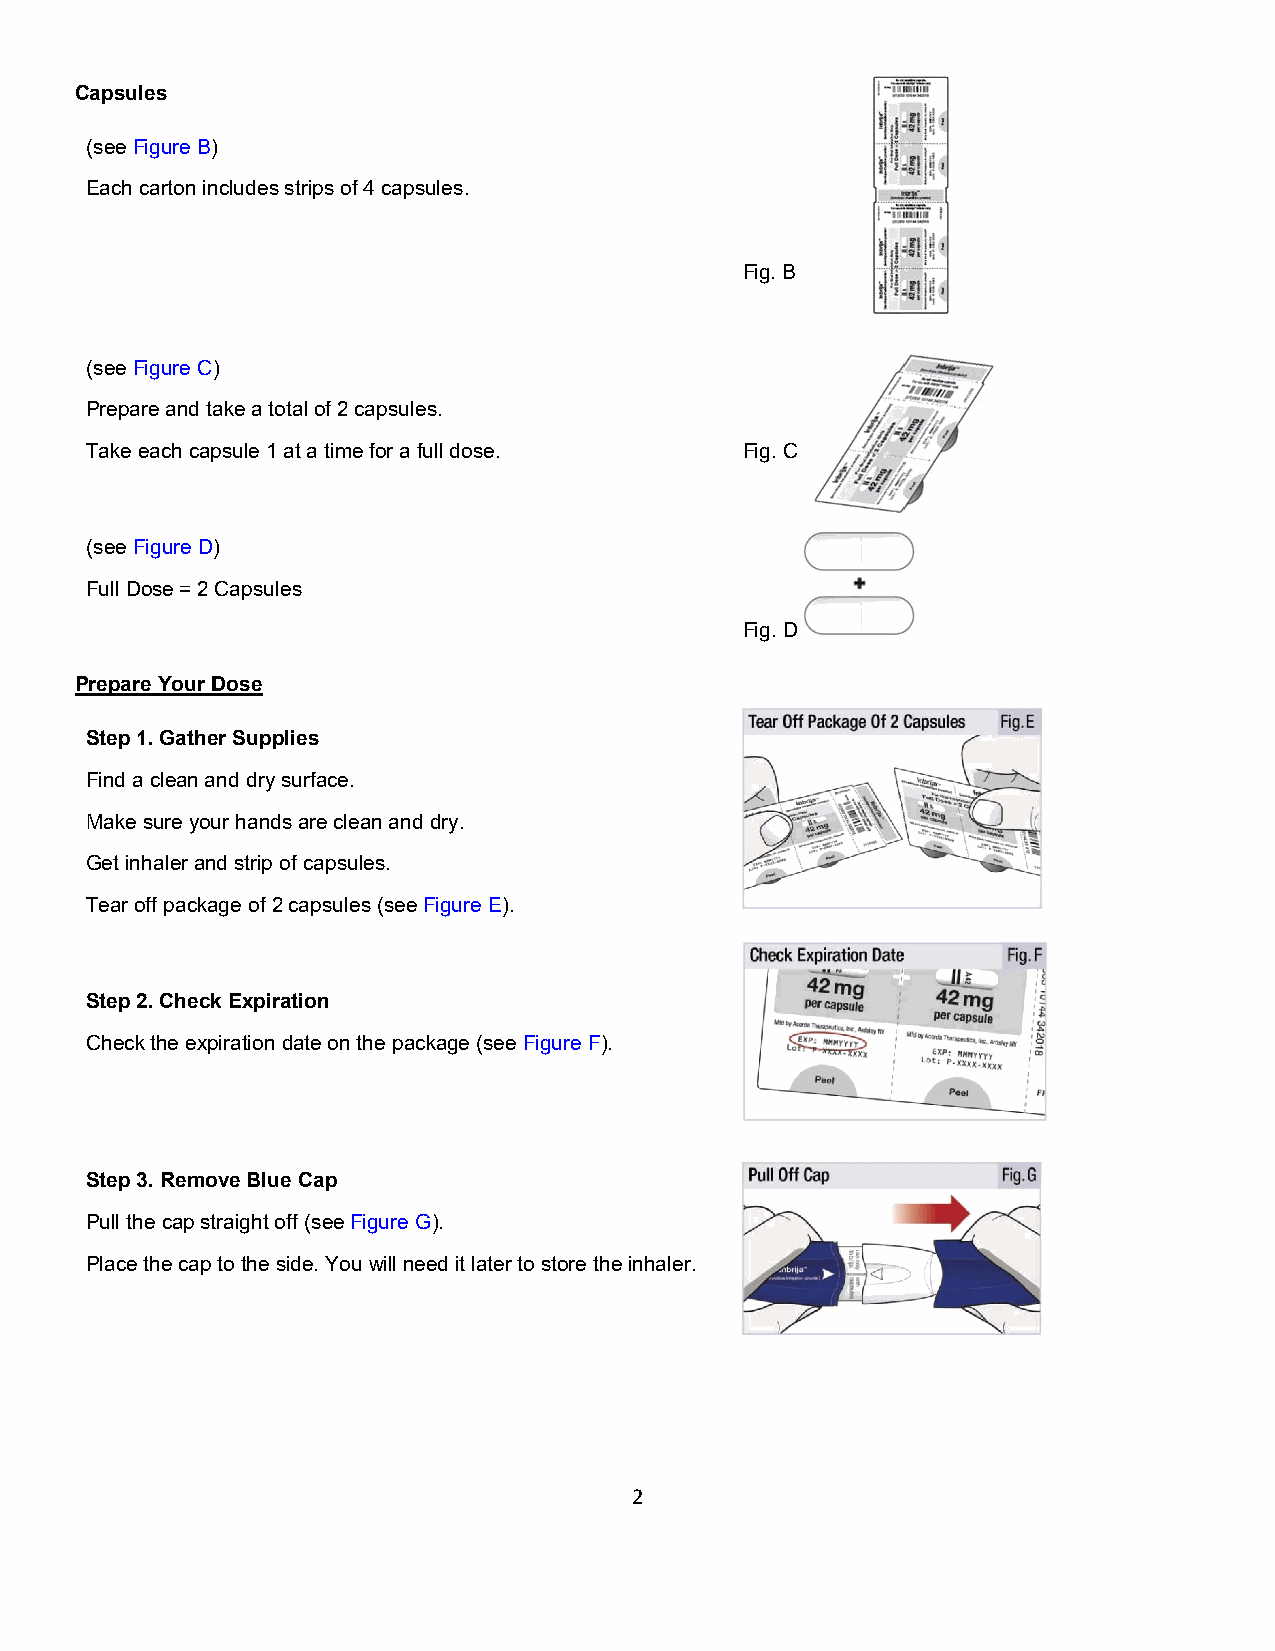
Capsules
 (see Figure B)
 Each carton includes strips of 4 capsules.
 Fig. B
 (see Figure C)
 Prepare and take a total of 2 capsules.
 Take each capsule 1 at a time for a full dose. Fig. C
 (see Figure D)
 Full Dose = 2 Capsules
 Fig. D
 Prepare Your Dose
 Step 1. Gather Supplies
 Find a clean and dry surface.
 Make sure your hands are clean and dry.
 Get inhaler and strip of capsules.
 Tear off package of 2 capsules (see Figure E).
 Step 2. Check Expiration
 Check the expiration date on the package (see Figure F).
 Step 3. Remove Blue Cap
 Pull the cap straight off (see Figure G).
 Place the cap to the side. You will need it later to store the inhaler.
 2